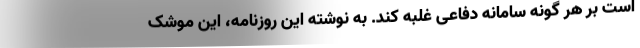
است بر هر گونه سامانه دفاعی غلبه کند. به نوشته این روزنامه، این موشک